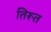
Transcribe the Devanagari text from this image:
तिरूत